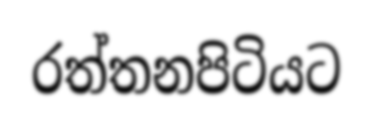
රත්තනපිටියට